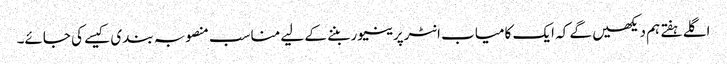
اگلے ہفتے ہم دیکھیں گے کہ ایک کامیاب انٹرپرینیور بننے کے لیے مناسب منصوبہ بندی کیسے کی جائے۔